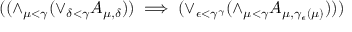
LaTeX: ( ( \land _ { \mu < \gamma } { ( \lor _ { \delta < \gamma } { A _ { \mu , \delta } } ) } ) \implies ( \lor _ { \epsilon < \gamma ^ { \gamma } } { ( \land _ { \mu < \gamma } { A _ { \mu , \gamma _ { \epsilon } ( \mu ) } ) } } ) )